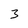
Character: 3